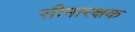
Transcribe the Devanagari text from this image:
सीमारक्षक